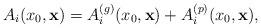
LaTeX: \begin{align*}A_i (x_0, {\bf x}) = A_i^{(g)} (x_0, {\bf x}) + A_i^{(p)} (x_0, {\bf x}),\end{align*}